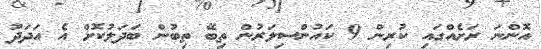
އޮންނަ ރަށެއްގައި ކުރިން 9 ކައުންސިލަރުން ތިބޭ ތިބުން ބަދަލުކޮށް އެ އަދަދު